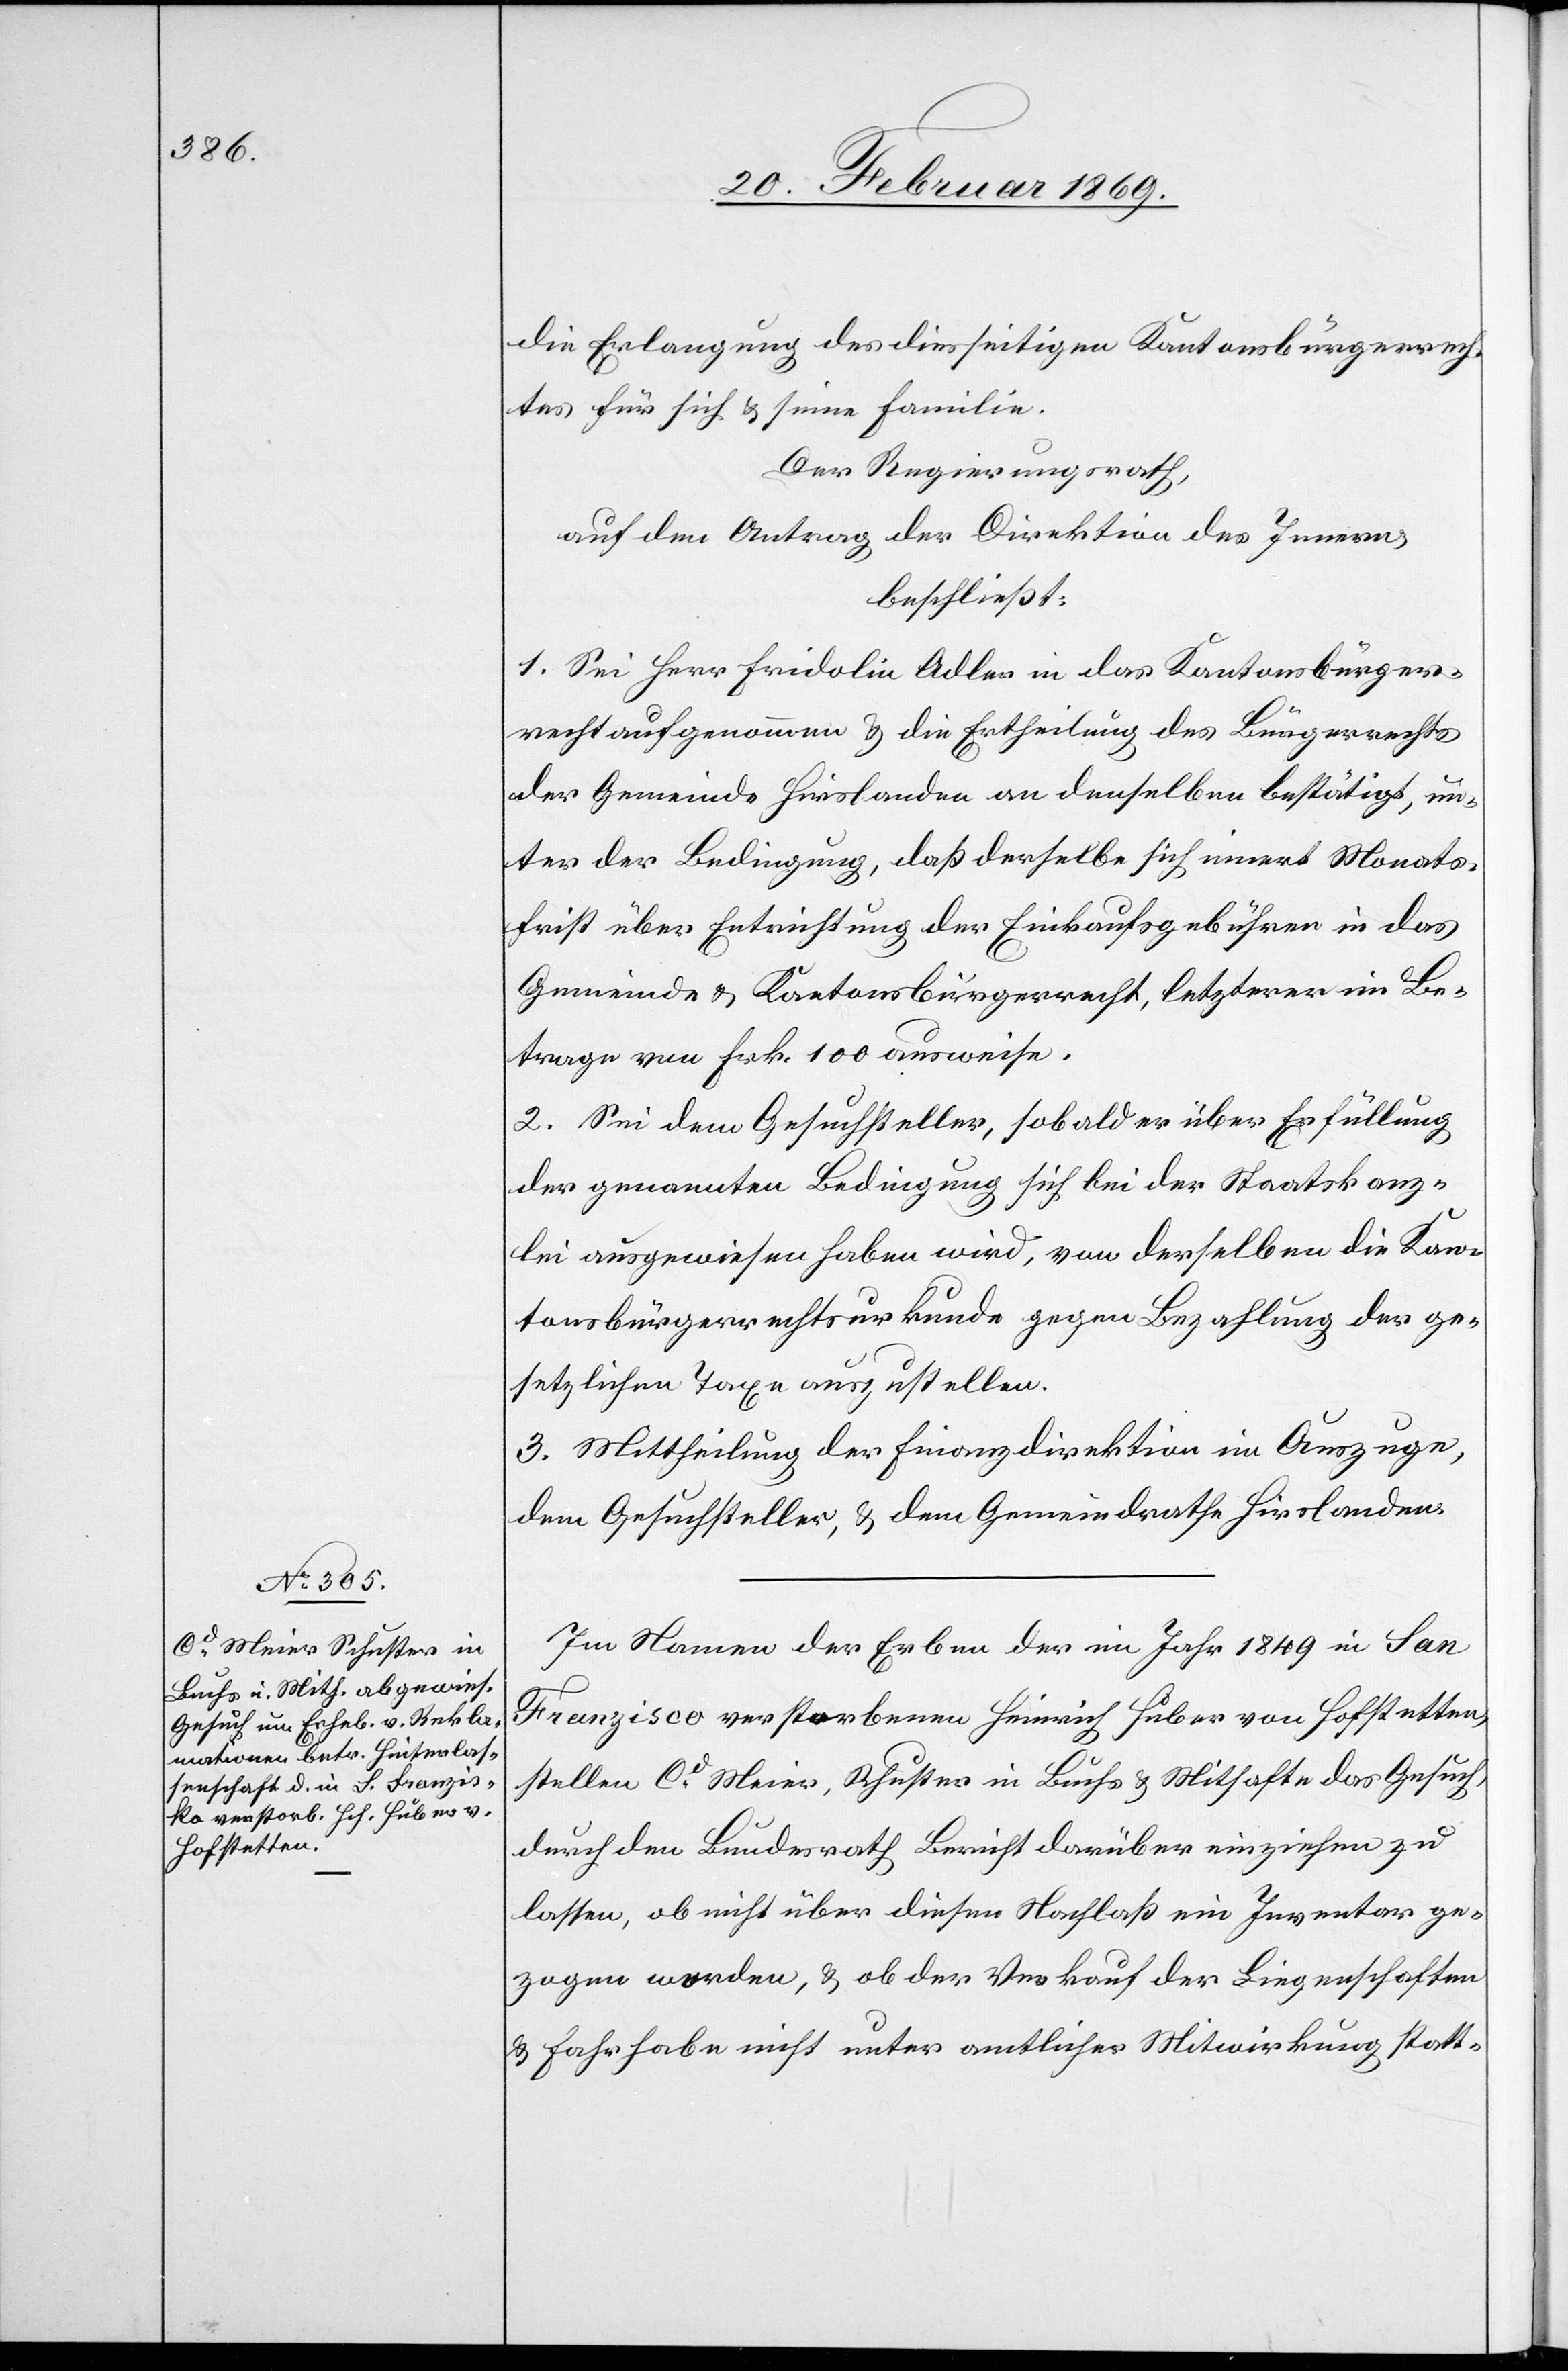
die Erlangung des diesseitigen Kantonsbürgerrech¬
tes für sich u. seine Familie.
Der Regierungsrath,
auf den Antrag der Direktion des Innern,
beschließt:
1. Sei Herr Fridolin Adler in das Kantonsbürger¬
recht aufgenommen & die Ertheilung des Bürgerrechtes
der Gemeinde Hirslanden an denselben bestätigt, un¬
ter der Bedingung , daß derselbe sich innert Monats¬
frist über Entrichtung der Einkaufsgebühren in das
Gemeinde- & Kantonsbürgerrecht, letzterer im Be¬
trage von Frk. 100 ausweise.
2. Sei dem Gesuchsteller, sobald er über Erfüllung
der genannten Bedingung sich bei der Staatskanz¬
lei ausgewiesen haben wird, von derselben die Kan¬
tonsbürgerrechtsurkunde gegen Bezahlung des ge¬
setzlichen Taxe auszustellen.
3. Mittheilung der Finanzdirektion im Auszuge,
dem Gesuchsteller, u. dem Gemeindrathe Hirslanden.
Im Namen der Erben der im Jahr 1849 in San
Franzisco [sic!] verstorbenen Heinrich Huber von Hofstetten,
stellen Cd. Meier, Schuster in Buchs & Mithafte das Gesuch,
durch den Bundesrath Bericht darüber einziehen zu
lassen, ob nicht über diesen Nachlaß ein Inventar ge¬
zogen worden, & ob der Verkauf der Liegenschaften
& Fahrhabe nicht unter amtlicher Mitwirkung statt-